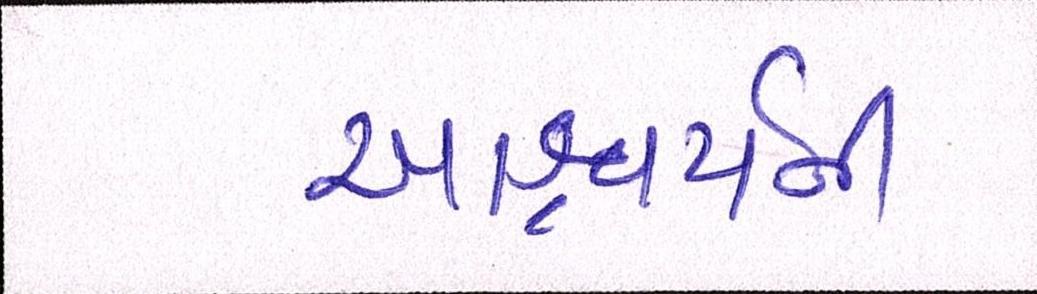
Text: આશ્ચર્ચની